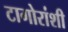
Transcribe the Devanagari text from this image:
टागोरांशी